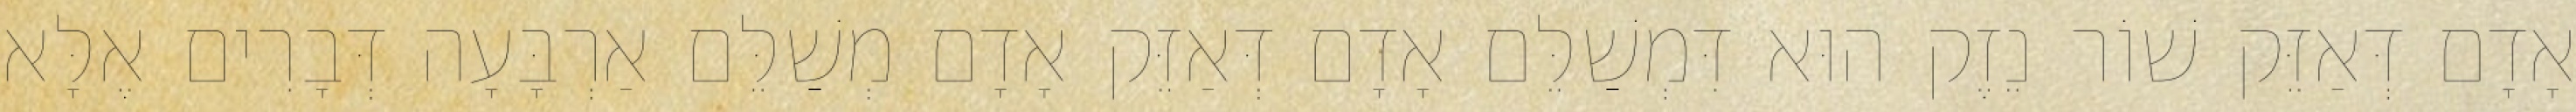
אָדָם דְּאַזֵּק שׁוֹר נֵזֶק הוּא דִּמְשַׁלֵּם אָדָם דְּאַזֵּק אָדָם מְשַׁלֵּם אַרְבָּעָה דְּבָרִים אֶלָּא